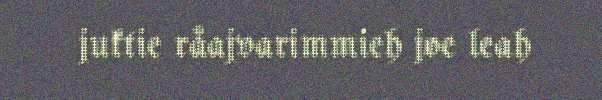
juktie råajvarimmieh joe leah